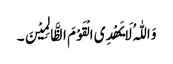
وَ اللّٰہُ لَایَھْدِی الْقَوْمَ الظَّالِمِیْنَ۔